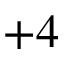
+ 4